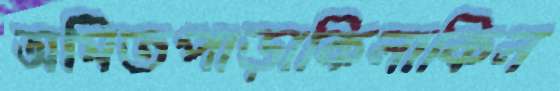
অমিতপাড়াকিলাকিল